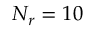
N _ { r } = 1 0